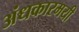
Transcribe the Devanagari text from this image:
अंधकारमयी